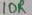
Text: 10R